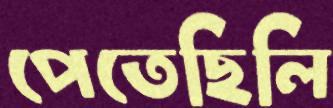
পেতেছিলি